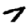
Digit: 7